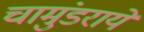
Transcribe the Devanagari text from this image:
चामुंडराये